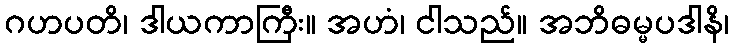
ဂဟပတိ၊ ဒါယကာကြီး။ အဟံ၊ ငါသည်။ အဘိဓမ္မပဒါနိ၊